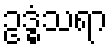
ဥဒ္ဓံသရာ